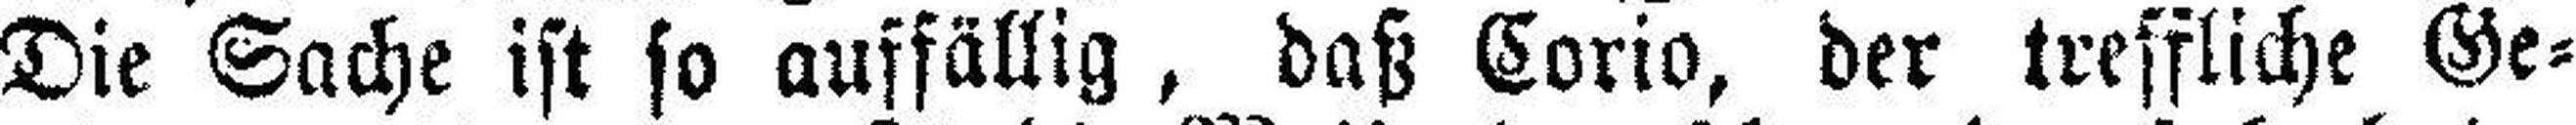
Die Sache ist so auffällig, daß Corio, der treffliche Ge¬